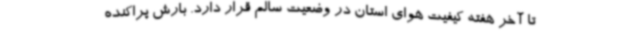
تا آخر هفته کیفیت هوای استان در وضعیت سالم قرار دارد. بارش پراکنده